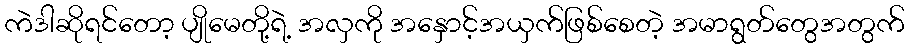
ကဲဒါဆိုရင်တော့ ပျိုမေတို့ရဲ့ အလှကို အနှောင့်အယှက်ဖြစ်စေတဲ့ အမာရွတ်တွေအတွက်